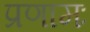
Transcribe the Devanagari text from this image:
प्रणामः